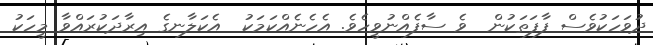
ދުވަހަކުވެސް ފާފަތަކުން  ވެ ސާފެއްނުވީހެވެ. އެހެނެއްކަމަކު  އެކަލާނގެ އިރާދަކުރައްވާ މީހަކު